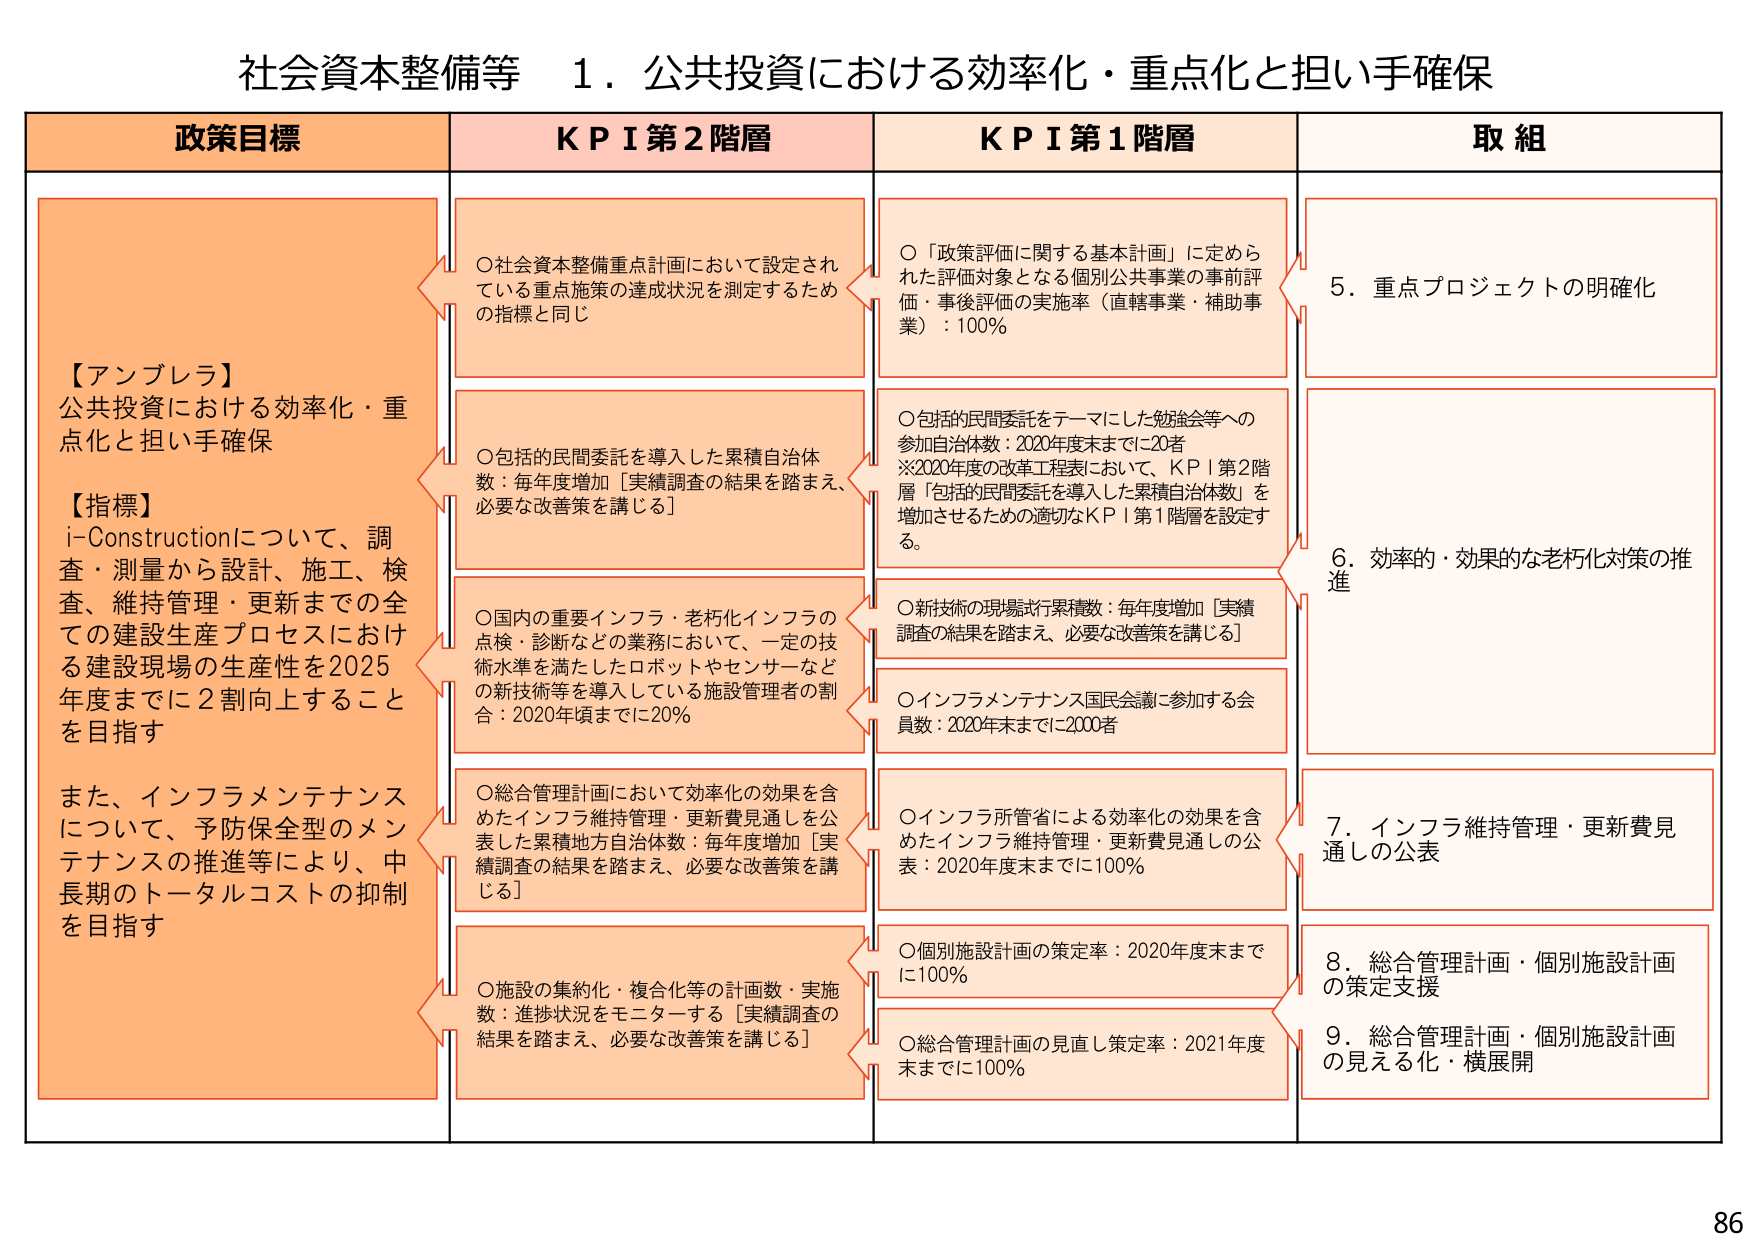
社会資本整備等 1．公共投資における効率化・重点化と担い手確保

政策目標
【アンブレラ】
公共投資における効率化・重点化と担い手確保
【指標】
i-Constructionについて、調査・測量から設計、施工、検査、維持管理・更新までの全ての建設生産プロセスにおける建設現場の生産性を2025年度までに2割向上することを目指す
また、インフラメンテナンスについて、予防保全型のメンテナンスの推進等により、中長期のトータルコストの抑制を目指す

KPI第2階層
○社会資本整備重点計画において設定されている重点施策の達成状況を測定するための指標と同じ
○包括的民間委託を導入した累積自治体数：毎年度増加［実績調査の結果を踏まえ、必要な改善策を講じる］
○国内の重要インフラ・老朽化インフラの点検・診断などの業務において、一定の技術水準を満たしたロボットやセンサーなどの新技術等を導入している施設管理者の割合：2020年頃までに20％
○総合管理計画において効率化の効果を含めたインフラ維持管理・更新費見通しを公表した累積地方自治体数：毎年度増加［実績調査の結果を踏まえ、必要な改善策を講じる］
○施設の集約化・複合化等の計画数・実施数：進捗状況をモニターする［実績調査の結果を踏まえ、必要な改善策を講じる］

KPI第1階層
○「政策評価に関する基本計画」に定められた評価対象となる個別公共事業の事前評価・事後評価の実施率（直轄事業・補助事業）：100％
○包括的民間委託をテーマにした勉強会等への参加自治体数：2020年度末までに20者
※2020年度の改革工程表において、KPI第2階層「包括的民間委託を導入した累積自治体数」を増加させるための適切なKPI第1階層を設定する。
○新技術の現場試行累積数：毎年度増加［実績調査の結果を踏まえ、必要な改善策を講じる］
○インフラメンテナンス国民会議に参加する会員数：2020年末までに2000者
○インフラ所管省による効率化の効果を含めたインフラ維持管理・更新費見通しの公表：2020年度末までに100％
○個別施設計画の策定率：2020年度末までに100％
○総合管理計画の見直し策定率：2021年度末までに100％

取組
5．重点プロジェクトの明確化
6．効率的・効果的な老朽化対策の推進
7．インフラ維持管理・更新費見通しの公表
8．総合管理計画・個別施設計画の策定支援
9．総合管理計画・個別施設計画の見える化・横展開

86